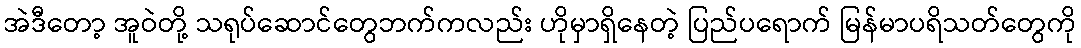
အဲဒီတော့ အူဝဲတို့ သရုပ်ဆောင်တွေဘက်ကလည်း ဟိုမှာရှိနေတဲ့ ပြည်ပရောက် မြန်မာပရိသတ်တွေကို